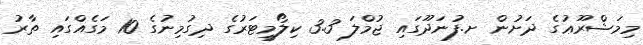
މިމަޝްރޫޢުގެ ދަށުން ށ.ފުނަދޫގައި ޖުމްލަ 3.3 ކިލޯމީޓަރުގެ ދިގުމިނުގެ 10 މަގެއްގައި ތާރު